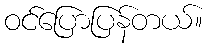
ဝင်ပြောပြန်တယ်။